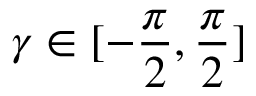
\gamma \in [ - \frac { \pi } { 2 } , \frac { \pi } { 2 } ]